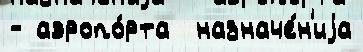
- аэропо́рта  назначе́н'иjа